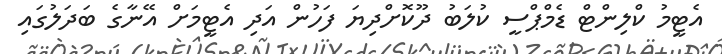
އެޓީމު ކްލިންޓް ޑެމްޕްސީ ކުލަބު ދޫކޮށްދިޔަ ފަހުން އަދި އެޓީމަށް އޭނާގެ ބަދަލުގައި